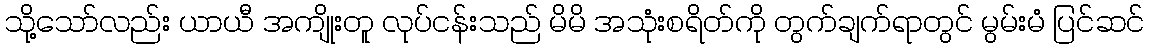
သို့သော်လည်း ယာယီ အကျိုးတူ လုပ်ငန်းသည် မိမိ အသုံးစရိတ်ကို တွက်ချက်ရာတွင် မွမ်းမံ ပြင်ဆင်